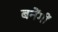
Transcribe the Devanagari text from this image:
बनेंगीं